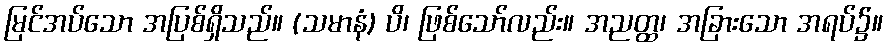
မြင်အပ်သော အပြစ်ရှိသည်။ (သမာနံ) ပိ၊ ဖြစ်သော်လည်း။ အညတ္ထ၊ အခြားသော အရပ်၌။